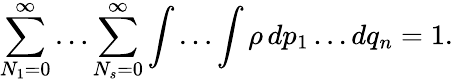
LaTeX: \sum_{N_{1}=0}^{\infty}\ldots\sum_{N_{s}=0}^{\infty}\int\ldots\int\rho\, dp_{1}\ldots dq_{n}=1.